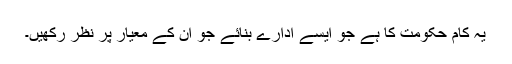
یہ کام حکومت کا ہے جو ایسے ادارے بنائے جو ان کے معیار پر نظر رکھیں۔